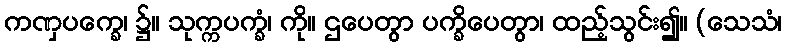
ကဏှပက္ခေ၊ ၌။ သုက္ကပက္ခံ၊ ကို။ ဌပေတွာ ပက္ခိပေတွာ၊ ထည့်သွင်း၍။ (သေသံ၊